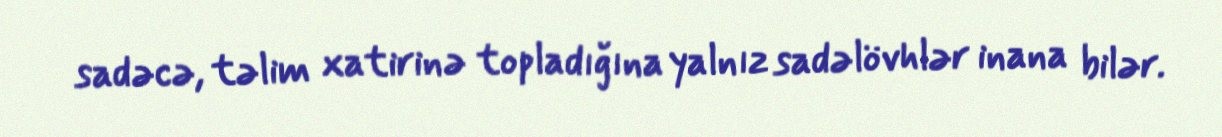
sadəcə, təlim xatirinə topladığına yalnız sadəlövhlər inana bilər.